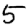
Digit: 5